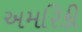
અમરિકી